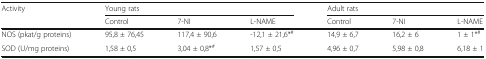
| <ROWSPAN=2> Activity | <COLSPAN=3> Young rats | <COLSPAN=3> Adult rats |
 | Control | 7-NI | L-NAME | Control | 7-NI | L-NAME |
 | --- | --- | --- | --- | --- | --- | --- |
 | NOS (pkat/g proteins) | 95,8 ± 76,45 | 117,4 ± 90,6 | -12,1 ± 21,6*# | 14,9 ± 6,7 | 16,2 ± 6 | 1 ± 1*# |
 | SOD (U/mg proteins) | 1,58 ± 0,5 | 3,04 ± 0,8*# | 1,57 ± 0,5 | 4,96 ± 0,7 | 5,98 ± 0,8 | 6,18 ± 1 |